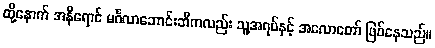
ထို့နောက် အနီရောင် မင်္ဂလာဘောင်းဘီကလည်း သူ့အရပ်နှင့် အလောတော် ဖြစ်နေသည်။